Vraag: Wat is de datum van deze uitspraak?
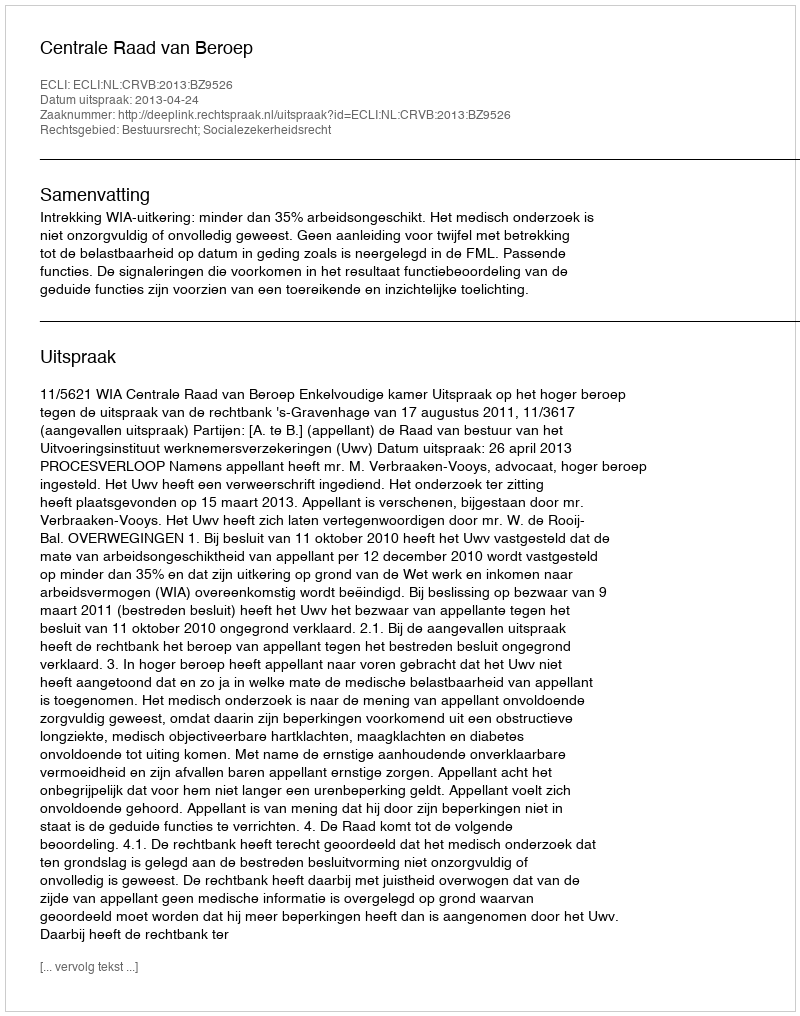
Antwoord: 2013-04-24